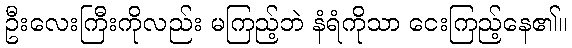
ဦးလေးကြီးကိုလည်း မကြည့်ဘဲ နံရံကိုသာ ငေးကြည့်နေ၏။